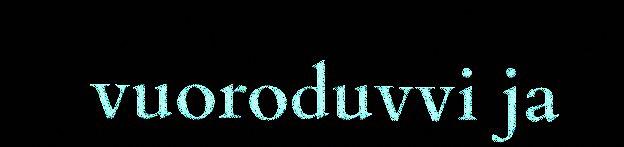
vuoroduvvi ja